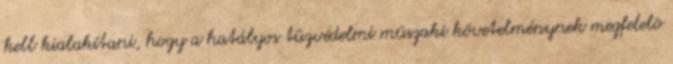
kell kialakítani, hogy a hatályos tûzvédelmi mûszaki követelménynek megfelelõ